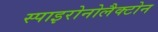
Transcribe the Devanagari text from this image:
स्पाइरोनोलैक्टोन